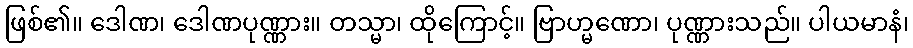
ဖြစ်၏။ ဒေါဏ၊ ဒေါဏပုဏ္ဏား။ တသ္မာ၊ ထိုကြောင့်။ ဗြာဟ္မဏော၊ ပုဏ္ဏားသည်။ ပါယမာနံ၊